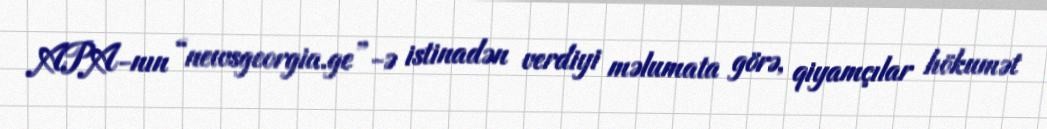
APA-nın “newsgeorgia.ge”-ə istinadən verdiyi məlumata görə, qiyamçılar hökumət